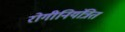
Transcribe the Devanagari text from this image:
रोगीनियंत्रित